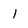
Character: I